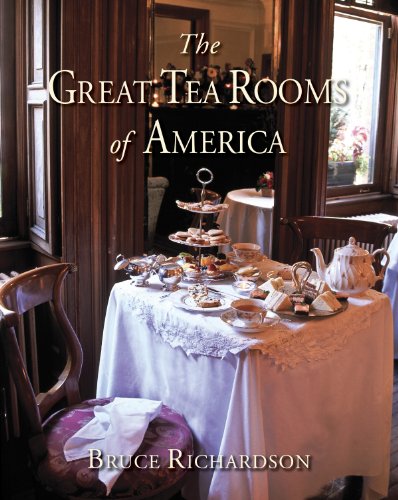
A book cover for Great Tea Rooms of America; Bruce Richardson; Cookbooks, Food & Wine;